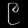
Digit: ၉